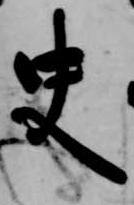
史